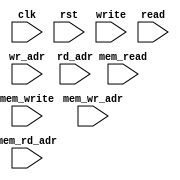
module ip_top_sva_2_align_1r1w_ramwrap
  #(
parameter     ENAPSDO = 0,
parameter     NUMADDR = 1024,
parameter     BITADDR = 10,
parameter     NUMSROW = 256,
parameter     BITSROW = 8)
(
  input clk,
  input rst,
  input write,
  input [BITADDR-1:0] wr_adr,
  input read,
  input [BITADDR-1:0] rd_adr,
  input mem_write,
  input [BITSROW-1:0] mem_wr_adr,
  input mem_read,
  input [BITSROW-1:0] mem_rd_adr
);
`ifdef FORMAL
//synopsys translate_off

assert_rd_range_check: assume property (@(posedge clk) disable iff (rst) read |-> (rd_adr < NUMADDR));
assert_wr_range_check: assume property (@(posedge clk) disable iff (rst) write |-> (wr_adr < NUMADDR));

assert_mem_rd_range_check: assert property (@(posedge clk) disable iff (rst) mem_read |-> (mem_rd_adr < NUMSROW));
assert_mem_wr_range_check: assert property (@(posedge clk) disable iff (rst) mem_write |-> (mem_wr_adr < NUMSROW));
//assert_mem_rd_wr_pseudo_check: assert property (@(posedge clk) disable iff (rst) (ENAPSDO && mem_write && mem_read) |-> (mem_wr_adr != mem_rd_adr));
//synopsys translate_on
`endif
endmodule


module ip_top_sva_align_1r1w_ramwrap
  #(
parameter     WIDTH   = 32,
parameter     ENAPSDO = 0,
parameter     NUMADDR = 1024,
parameter     BITADDR = 10,
parameter     NUMWRDS = 4,
parameter     BITWRDS = 2,
parameter     NUMSROW = 256,
parameter     BITSROW = 8,
parameter     SRAM_DELAY = 2,
parameter     FLOPGEN = 0,
parameter     FLOPCMD = 0,
parameter     FLOPMEM = 0,
parameter     FLOPOUT = 0,
parameter     MEMWDTH = WIDTH
   )
(
  input clk,
  input rst,
  input write,
  input [BITADDR-1:0] wr_adr,
  input [WIDTH-1:0] din,
  input [WIDTH-1:0] bw,
  input read,
  input [BITADDR-1:0] rd_adr,
  input [WIDTH-1:0] rd_dout,
  input mem_write,
  input [BITSROW-1:0] mem_wr_adr,
  input [NUMWRDS*MEMWDTH-1:0] mem_bw,
  input [NUMWRDS*MEMWDTH-1:0] mem_din,
  input mem_read,
  input [BITSROW-1:0] mem_rd_adr,
  input [NUMWRDS*MEMWDTH-1:0] mem_rd_dout,
  input [BITADDR-1:0] select_addr
);
`ifdef FORMAL
//synopsys translate_off
  localparam L_BITWRDS = (BITWRDS>0) ? BITWRDS : 1;

wire [L_BITWRDS-1:0] select_word;
wire [BITSROW-1:0] select_srow;
generate if (BITWRDS>0) begin: np2_loop
  np2_addr_ramwrap #(
    .NUMADDR (NUMADDR), .BITADDR (BITADDR),
    .NUMVBNK (NUMWRDS), .BITVBNK (BITWRDS),
    .NUMVROW (NUMSROW), .BITVROW (BITSROW))
    sel_adr (.vbadr(select_word), .vradr(select_srow), .vaddr(select_addr));
  end else begin: no_np2_loop
    assign select_word = 0;
    assign select_srow = select_addr;
  end
endgenerate

wire [MEMWDTH-1:0] mem_bw_wire = mem_bw >> select_word*MEMWDTH;
wire [MEMWDTH-1:0] mem_din_wire = mem_din >> select_word*MEMWDTH;

reg [MEMWDTH-1:0] meminv;
reg [MEMWDTH-1:0] mem;
always @(posedge clk)
  if (rst) begin
    meminv <= {MEMWDTH{1'b1}};
  end else if (mem_write && (mem_wr_adr == select_srow)) begin
    meminv <= (~mem_bw_wire & meminv);
    mem <= (mem_bw_wire & mem_din_wire) | (~mem_bw_wire & mem);
  end

wire [MEMWDTH-1:0] mem_dout_wire = mem_rd_dout >> select_word*MEMWDTH;

generate if(SRAM_DELAY>0) begin : dl_loop
assert_mem_check: assert property (@(posedge clk) disable iff (rst) (mem_read && (mem_rd_adr == select_srow)) |-> ##SRAM_DELAY
                                   (($past(~meminv,SRAM_DELAY) & mem_dout_wire) == ($past(~meminv,SRAM_DELAY) & $past(mem,SRAM_DELAY))));
end else begin : ndl_loop
assert_mem_check: assert property (@(posedge clk) disable iff (rst) (mem_read && (mem_rd_adr == select_srow)) |-> ##SRAM_DELAY
                                   (((~meminv) & mem_dout_wire) == ((~meminv) & mem)));
end
endgenerate

reg [WIDTH-1:0] fakememinv;
reg [WIDTH-1:0] fakemem;
always @(posedge clk)
  if (rst) begin
    fakememinv <= {WIDTH{1'b1}};
  end else if (write && (wr_adr == select_addr)) begin
    fakememinv <= (~bw & fakememinv);
    fakemem    <= (fakemem & ~bw) | (din & bw);
  end

generate if(SRAM_DELAY>0) begin : dly_loop
assert_dout_check: assert property (@(posedge clk) disable iff (rst) (read && (rd_adr == select_srow)) |-> ##SRAM_DELAY
                                   (($past(~fakememinv,SRAM_DELAY) & rd_dout) == ($past(~fakememinv,SRAM_DELAY) & $past(fakemem,SRAM_DELAY))));
end else begin : ndly_loop
assert_dout_check: assert property (@(posedge clk) disable iff (rst) (read && (rd_adr == select_srow)) |-> ##SRAM_DELAY
                                   (((~fakememinv) & rd_dout) == ((~fakememinv) & fakemem)));
end
endgenerate
//synopsys translate_on
`endif
endmodule